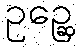
ဥဉ္ဆေ